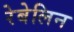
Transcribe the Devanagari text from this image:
रेबेलिन